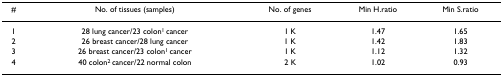
| # | No. of tissues (samples) | No. of genes | Min H.ratio | Min S.ratio |
 | --- | --- | --- | --- | --- |
 | 1 | 28 lung cancer/23 colon1 cancer | 1 K | 1.47 | 1.65 |
 | 2 | 26 breast cancer/28 lung cancer | 1 K | 1.42 | 1.83 |
 | 3 | 26 breast cancer/23 colon1 cancer | 1 K | 1.12 | 1.32 |
 | 4 | 40 colon2 cancer/22 normal colon | 2 K | 1.02 | 0.93 |